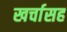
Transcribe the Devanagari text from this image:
खर्चासह